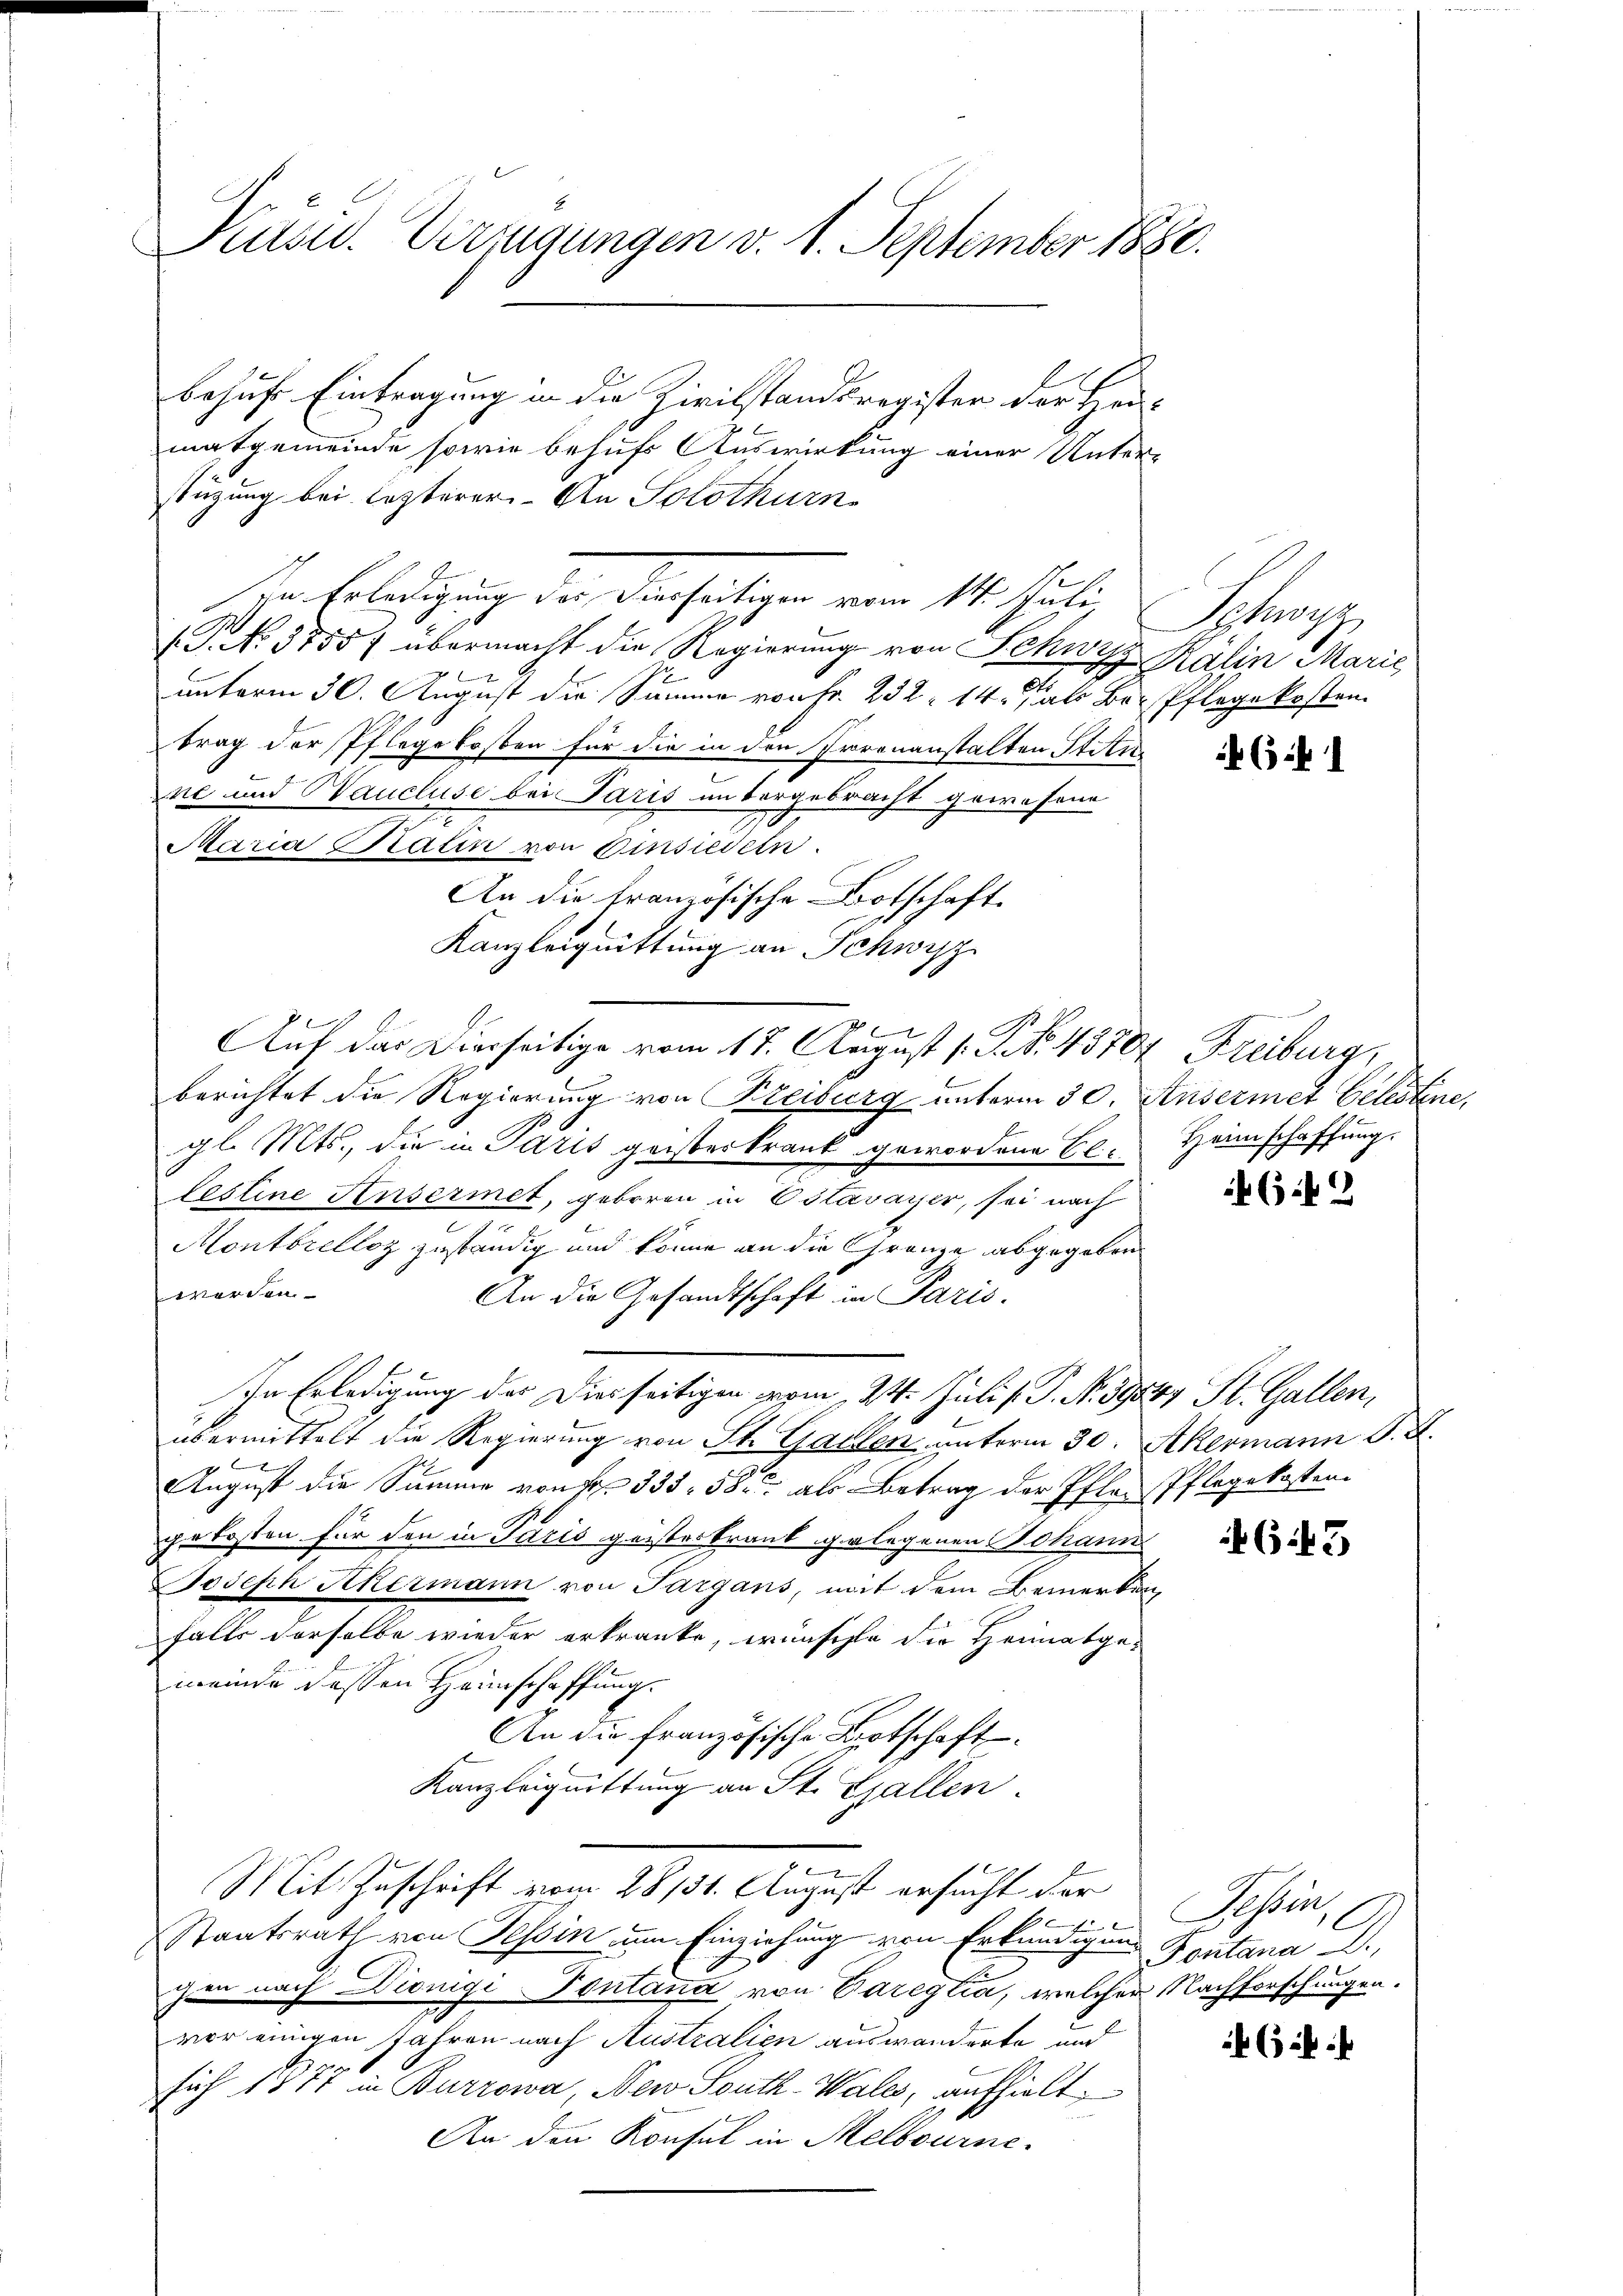
Präsid. Verfügungen v. 1. September 1880.

behufs Eintragung in die Zivilstandsregister der Heimatgemeinde sowie behufs Auswirkung einer Unter-
stüzung bei lezterer An Solothurn
ve Erledigung der denseitigen vom 14. Juli,
V. No. 1855/ übermacht die Regierung von Schwyz Kalin Marie
x
unterm 30. August die Summe von Fr. 232. 14., als Be-Pflege kosten.
trag der Pflegekosten für die in den Irrenanstalten Stitu
ne und Waucluse bei Paris untergebracht gewesene
Maria Balin von Einsiedeln.
An die französische Botschaft
Kanzleiguittung an Schwyz
x
berichtet die Regierung von Freiburg unterm 30. Ausermet Celestine,
gl. Mts., die in Paris geisterkrank gewordene Bl
lestine Ansermet, geboren in Estavayer, sei nach
Montbrelloz zuständig und könne an die Gränze abgegeben
werden.
An die Gesandtschaft in Paris.
In Erledigung der Diesseitigen vom 24. Juli /: P. N. 39589 St. Gallen,
übermittelt die Regierung von St. Gallen unterm 30. Akermann J. J.
August die Summe von Fr. 335. 58. als Betrag der Pfler Pflegekosten
gekosten für den in Paris geisteskrank gelegenen Johann
Joseph Kkermann von Sargans, mit dem Bemerken
falls derselbe wieder erkranke, wünschte die Heimatgemeinde dessen Heimschaffung.
An die französische Botschaft
Kanzleignittung an St. Gallen.
Mit Zuschrift vom 28/31. August ersucht der
Staatsrath von Tessin um Einziehung von Erkundigung
chen nach Diönigi-Pontana von Pareglia, welcher Nachforschungen.
vor einigen Jahren nach Australien auswanderte und
sich 1877 in Burrowa, New South-Wales, aufhielt.
An den Konsul in Melbourne¬

Auf das Dierseitige vom 17. August 1. P. Nr. 45707 Freiburg,

Schwyz

46. 1

Heimschaffung.

(142

643

Tessin,
Pontana .

65